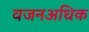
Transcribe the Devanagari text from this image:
वजनअधिक